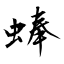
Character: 蜯